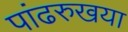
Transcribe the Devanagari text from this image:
पांढरुखया